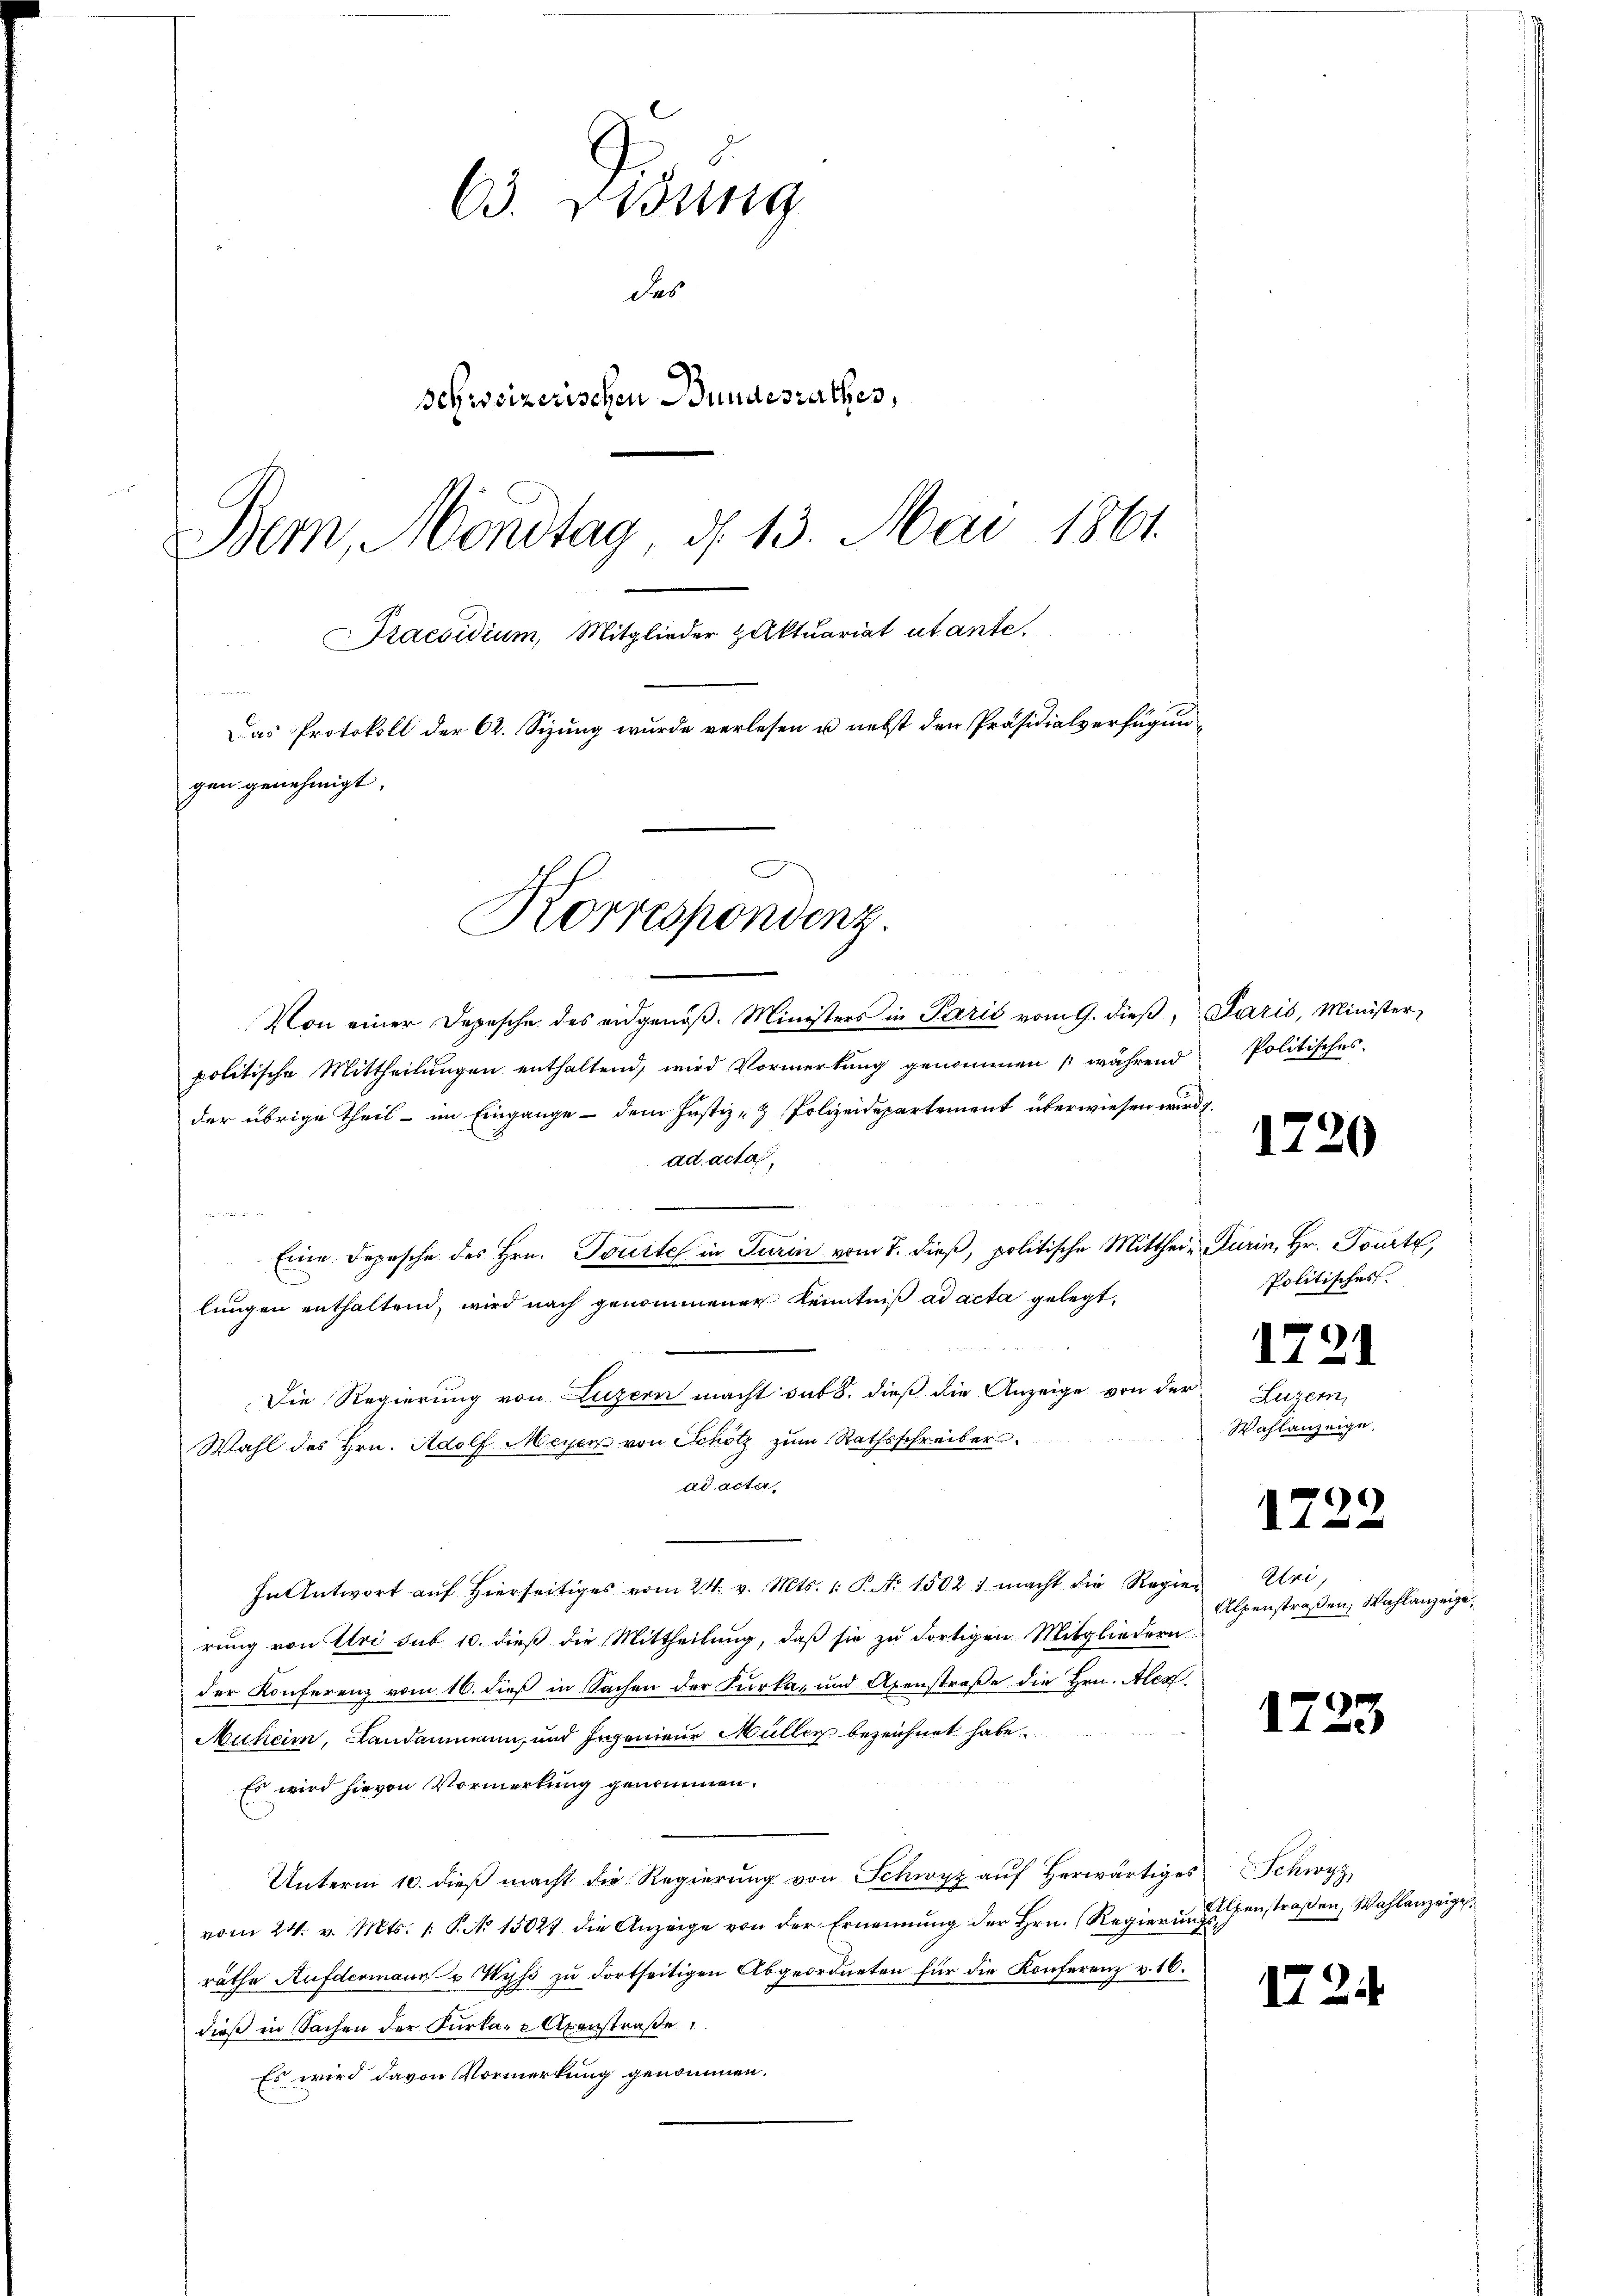
63. Disung
des
sehweizerischen Bundesrathes,
Bern, Mondtag d. 13. Mai 1861.
Praesidium, Mitglieder Aktuariat utante.

Das Protokoll der 62. Sizung wurde verlesen u. nebst den Präsidialverfügungen genehmigt.

Korrespondenz.

Von einer Depesche des eidgenöβ. Ministers in Paris vom 9. dieβ, Paris, Minister-
politische Mittheilŭngen enthaltend, wird Vormerkŭng genommen während Politisches
der übrige Theil - im Eingange - dem Justiz- & Polizeidepartement überwiesen wird.
ad acta,

Eine Depesche des Hrn. Tourtel in Turin vom 7. dieß, politische Mitthei- Turin, Hr. Tourt,
lungen enthaltend, wird nach genommener Kenntniß ad acta gelegt,
Die Regierung von Luzern macht sat 8. dieß die Anzeige von der Luzern,
Wahl des Hrn. Adolf Meyer von Schötz zum Rathsschreiber
ad acta
In Antwort auf hierseitiges vom 24. v. Mts. 1. P. Nr. 15021 macht die Regier
rung von Uri sub 10. dieß die Mittheilung, daß sie zu dortigen Mitgliedern
der Konferenz vom 16. dieß in Sachen der Kurka, und Axenstraße die Hrn. Alex
Muheim, Landammann, und Ingenieur Müller bezeichnet habe.
Es wird hievon Vormerkung genommen.
Unterm 10. dieß macht die Regierung von Schwyz auf Herwärtiges
vom 24. v. Mts. 1. P. No 15027 die Anzeige von der Ernennung der Hrn. (Regierŭngs-
räthe Aufdermann v. Wyss zu dortseitigen Abgeordneten für die Konferenz v. 16.
dieß in Sachen der Furka, e Axenstraße
Es wird davon Vormerkung genommen.

1720

Politisches.
1721
Wahlanzeige.

1722

Uri,
Alpenstraßen, Wahlanzeige,

1723

Schwyz,
Alpenstraßen, Wahlanzeigel.

172.